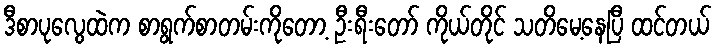
ဒီစာပုလွေထဲက စာရွက်စာတမ်းကိုတော့ ဦးရီးတော် ကိုယ်တိုင် သတိမေ့နေပြီ ထင်တယ်